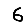
Digit: 6